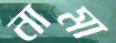
নামা